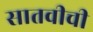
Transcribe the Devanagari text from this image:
सातवीची